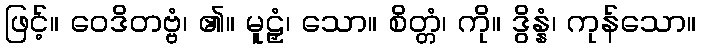
ဖြင့်။ ဝေဒိတဗ္ဗံ၊ ၏။ မူဠှံ၊ သော။ စိတ္တံ၊ ကို။ ဒွိန္နံ၊ ကုန်သော။